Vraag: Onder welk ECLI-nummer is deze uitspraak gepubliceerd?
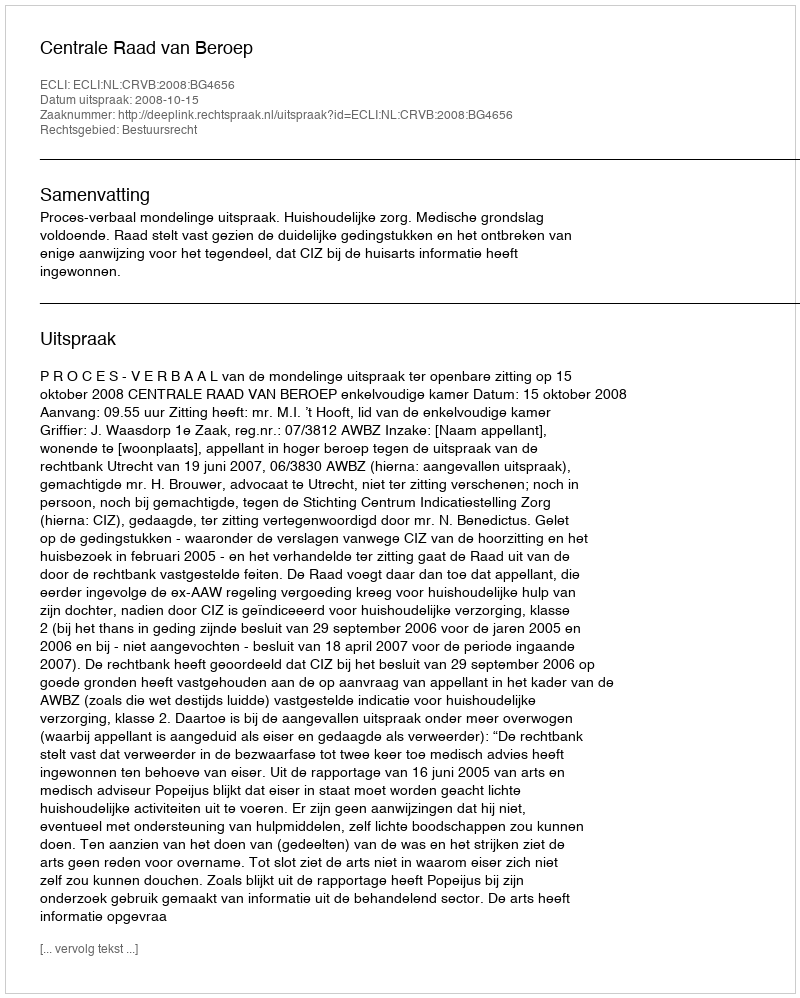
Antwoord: ECLI:NL:CRVB:2008:BG4656